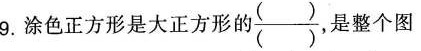
9.涂色正方形是大正方形的\frac{（ ）}{（ ）}，是整个图形的